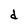
Character: d